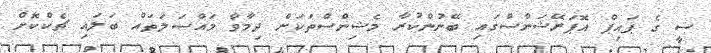
ސީ ގެ ޕައިޕް އޮޕަރޭޝަންސްގައި ބޭނުންކުރާ މެޝިންސްތަކަށް ދިމާވާ މައްސަލަތައް ބަލައި ޗެކްކޮށް